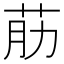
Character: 荕